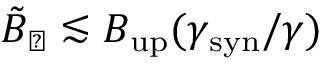
\tilde { B } _ { \perp } \lesssim B _ { \mathrm { u p } } ( \gamma _ { \mathrm { s y n } } / \gamma )